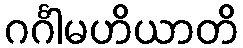
ဂင်္ဂါမဟိယာတိ